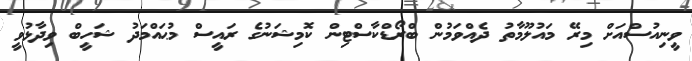
ވީނިއުސްއަށް މިރޭ މައުލޫމާތު ދެއްވަމުން ބްރޯޑްކާސްޓިން ކޮމިޝަނުގެ ރައީސް މުޙައްމަދު ޝަހީބް ވިދާޅުވީ